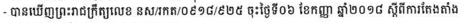
- បានឃើញព្រះរាជក្រឹត្យលេខ នស/រកត/០៩១៨/៩២៥ ចុះថ្ងៃទី០៦ ខែកញ្ញា ឆ្នាំ២០១៨ ស្តីពីការតែងតាំង